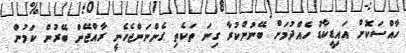
ހާއްސަކޮށް އައިޑީކާޑު ހެއްދުމަށް ބޭނުންކުރާ ގިނަ ތަކެތި ގެންނަންޖެހެނީ ރާއްޖޭން ބޭރުން ކަމުން